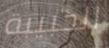
الحبيبة